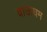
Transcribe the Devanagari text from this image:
वाऊघम